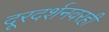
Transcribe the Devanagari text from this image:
दूरदर्शनवरही